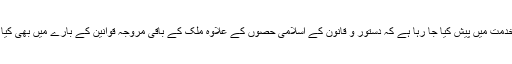
مگر ان میں سے صرف ایک سوال ان کی خدمت میں پیش کیا جا رہا ہے کہ دستور و قانون کے اسلامی حصوں کے علاوہ ملک کے باقی مروجہ قوانین کے بارے میں بھی کیا وہ یہی ریمارکس دینے کے لیے تیار ہیں؟